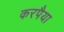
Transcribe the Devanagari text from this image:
करपैया